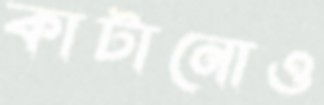
কাটানোও